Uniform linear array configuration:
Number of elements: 12
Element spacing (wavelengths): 1
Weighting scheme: uniform
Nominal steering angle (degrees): -30
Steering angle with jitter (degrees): -30.837
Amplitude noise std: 0.05
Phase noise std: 0.05

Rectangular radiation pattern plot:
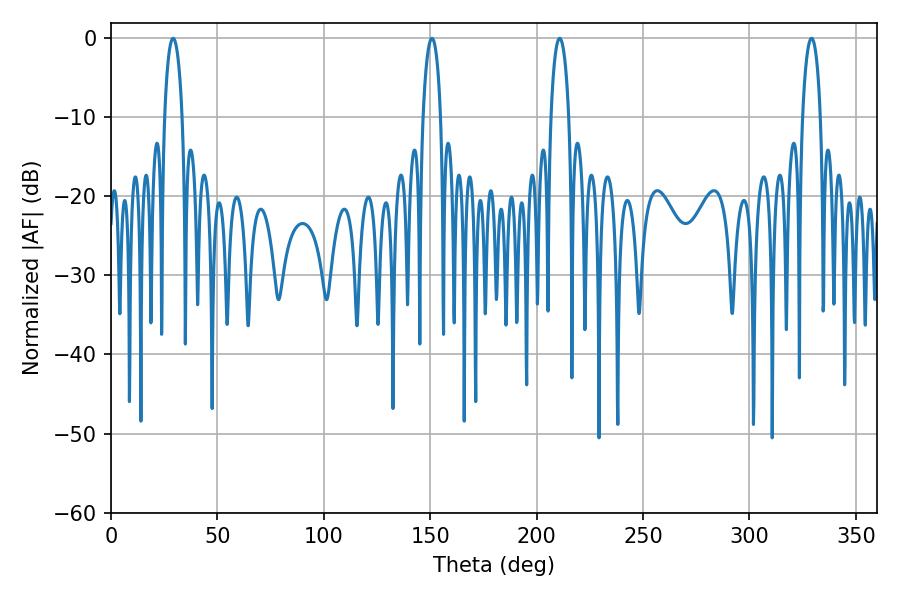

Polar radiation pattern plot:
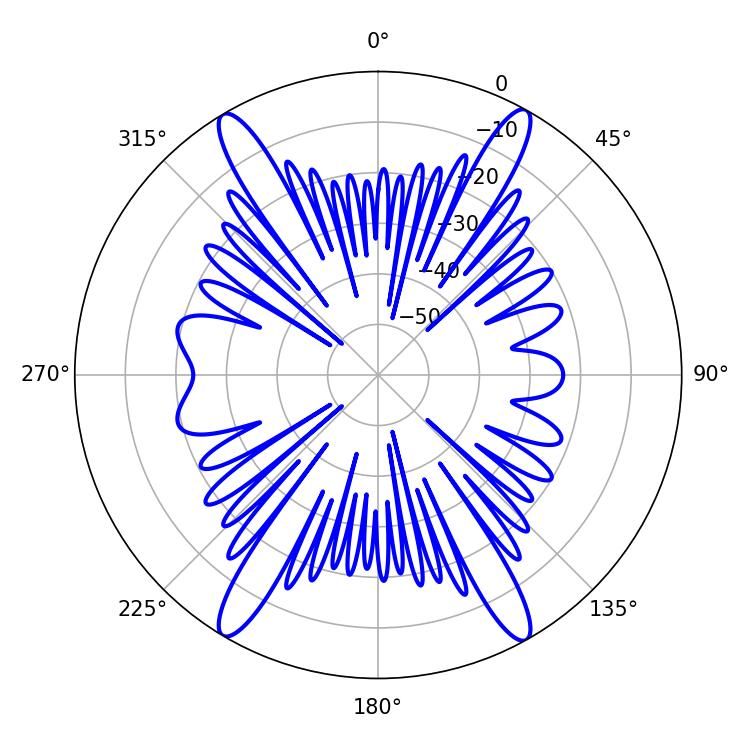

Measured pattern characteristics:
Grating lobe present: TRUE
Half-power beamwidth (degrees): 4.68
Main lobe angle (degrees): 29.16